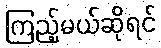
ကြည့်မယ်ဆိုရင်